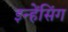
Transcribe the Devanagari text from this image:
इन्हेंसिंग